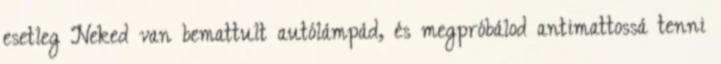
esetleg Neked van bemattult autólámpád, és megpróbálod antimattossá tenni